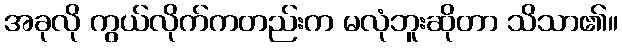
အခုလို ကွယ်လိုက်ကတည်းက မလုံဘူးဆိုတာ သိသာ၏။